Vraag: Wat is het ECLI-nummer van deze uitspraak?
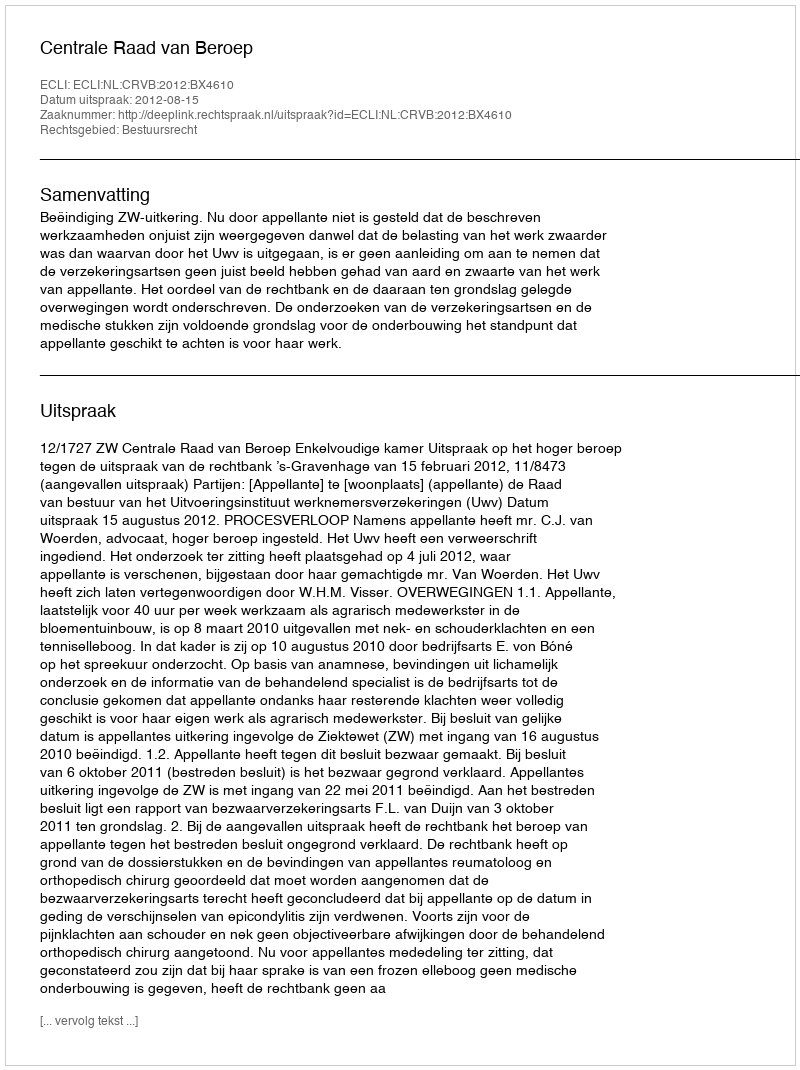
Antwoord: ECLI:NL:CRVB:2012:BX4610